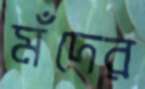
মঁদের